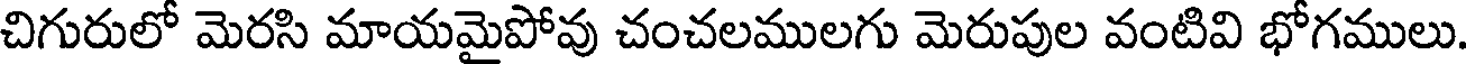
చిగురులో మెరసి మాయమైపోవు చంచలములగు మెరుపుల వంటివి భోగములు